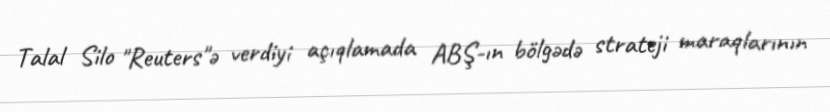
Talal Silo "Reuters"ə verdiyi açıqlamada ABŞ-ın bölgədə strateji maraqlarının